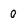
Character: 0